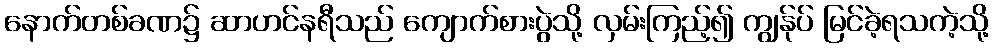
နောက်တစ်ခဏ၌ ဆာဟင်နရီသည် ကျောက်စားပွဲသို့ လှမ်းကြည့်၍ ကျွန်ုပ် မြင်ခဲ့ရသကဲ့သို့